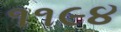
૧૧૯૪